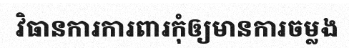
វិធានការការពារកុំឲ្យមានការចម្លង